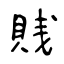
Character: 賎